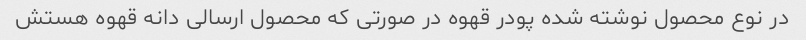
در نوع محصول نوشته شده پودر قهوه در صورتی که محصول ارسالی دانه قهوه هستش